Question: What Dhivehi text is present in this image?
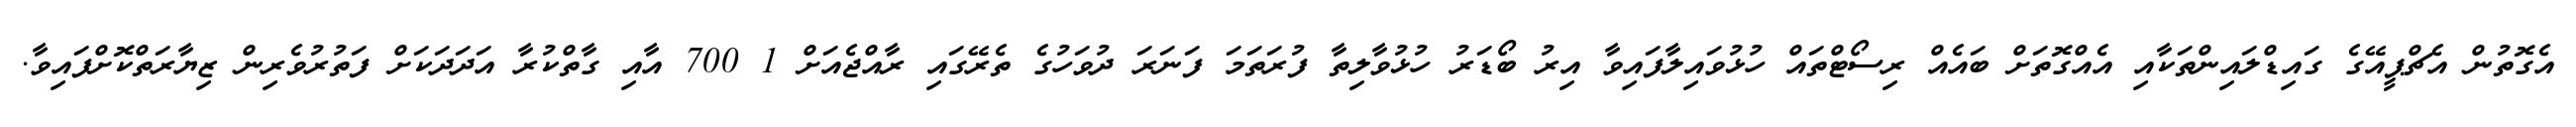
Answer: އެގޮތުން އެޗްޕީއޭގެ ގައިޑްލައިންތަކާއި އެއްގޮތަށް ބައެއް ރިސޯޓްތައް ހުޅުވައިލާފައިވާ އިރު ބޯޑަރު ހުޅުވާލިތާ ފުރަތަމަ ފަނަރަ ދުވަހުގެ ތެރޭގައި ރާއްޖެއަށް 1 700 އާއި ގާތްކުރާ އަދަދަކަށް ފަތުރުވެރިން ޒިޔާރަތްކޮށްފައިވާ.